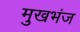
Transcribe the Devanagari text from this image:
मुखभंज